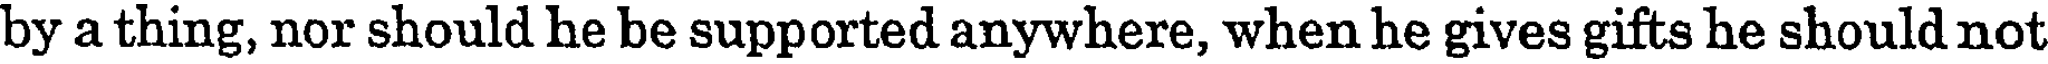
by a thing, nor should he be supported anywhere, when he gives gifts he should not